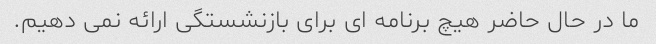
ما در حال حاضر هیچ برنامه ای برای بازنشستگی ارائه نمی دهیم.